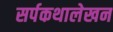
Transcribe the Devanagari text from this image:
सर्पकथालेखन